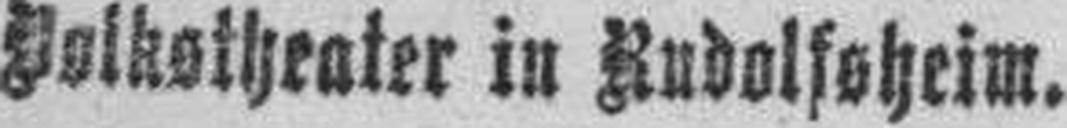
Volkstheater in Rudolfsheim.